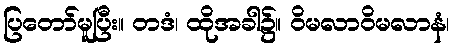
ပြတော်မူပြီး။ တဒံ၊ ထိုအခါ၌။ ဝိမလာဝိမလာနံ၊